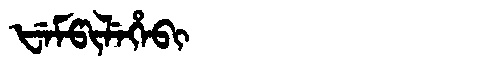
Manchu: ᡶᡝᠮᡦᡳᠯᡝᡥᡝᠪᡳ
Romanization: FEMPILEHEBI